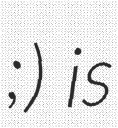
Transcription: ;) is